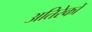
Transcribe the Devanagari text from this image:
अतिरेकों